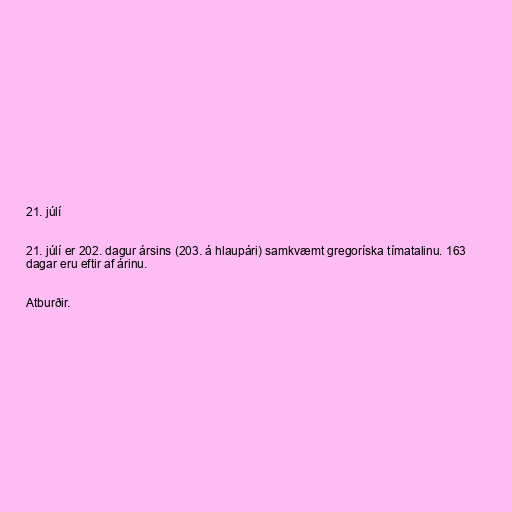
21. júlí

21. júlí er 202. dagur ársins (203. á hlaupári) samkvæmt gregoríska tímatalinu. 163
dagar eru eftir af árinu.

Atburðir.